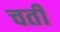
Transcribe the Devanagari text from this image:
चतीं